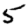
Digit: 5